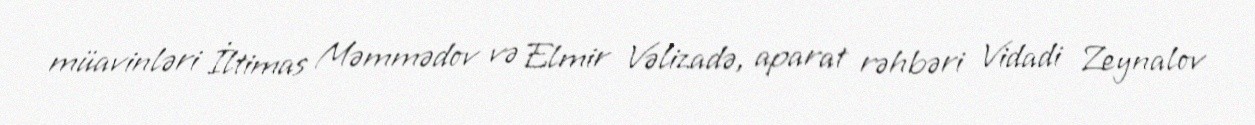
müavinləri İltimas Məmmədov və Elmir Vəlizadə, aparat rəhbəri Vidadi Zeynalov